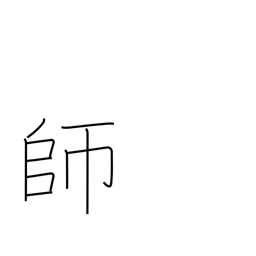
Meaning: teacher